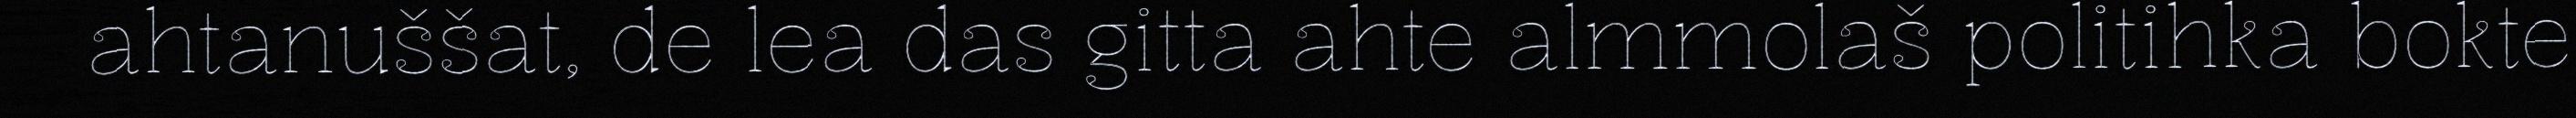
ahtanuššat, de lea das gitta ahte almmolaš politihka bokte